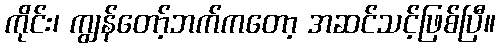
ကိုင်း၊ ကျွန်တော့်ဘက်ကတော့ အဆင်သင့်ဖြစ်ပြီ။